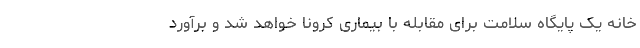
خانه یک پایگاه سلامت برای مقابله با بیماری کرونا خواهد شد و برآورد